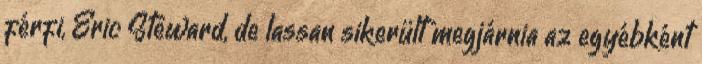
férfi, Eric Steward, de lassan sikerült megjárnia az egyébként